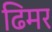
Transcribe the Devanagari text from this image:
ढिमर